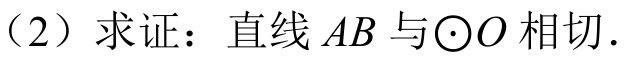
（2）求证：直线 \(AB\) 与\(\odot O\) 相切.